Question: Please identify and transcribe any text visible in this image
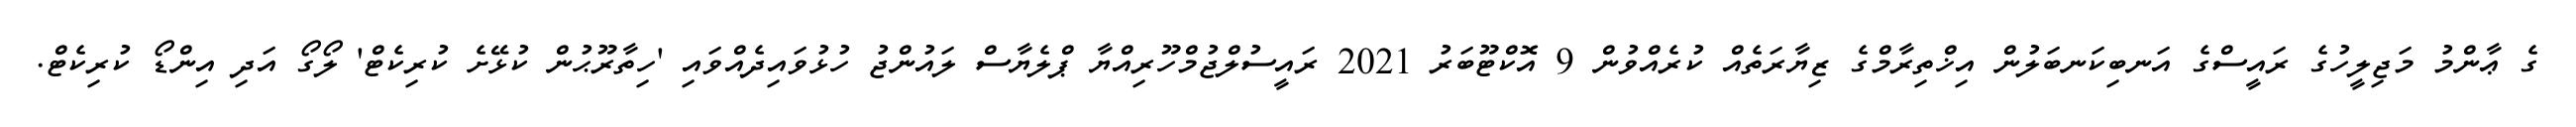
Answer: ގެ ޢާންމު މަޖިލީހުގެ ރައީސްގެ އަނބިކަނބަލުން އިޚްތިރާމްގެ ޒިޔާރަތެއް ކުރެއްވުން 9 އޮކްޓޫބަރު 2021 ރައީސުލްޖުމްހޫރިއްޔާ ޕްލެޔާސް ލައުންޖު ހުޅުވައިދެއްވައި 'ހިތާރޫޙުން ކުޅޭށެ ކުރިކެޓް' ލޯގޯ އަދި އިންޑޯ ކުރިކެޓް.